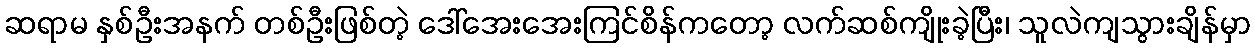
ဆရာမ နှစ်ဦးအနက် တစ်ဦးဖြစ်တဲ့ ဒေါ်အေးအေးကြင်စိန်ကတော့ လက်ဆစ်ကျိုးခဲ့ပြီး၊ သူလဲကျသွားချိန်မှာ